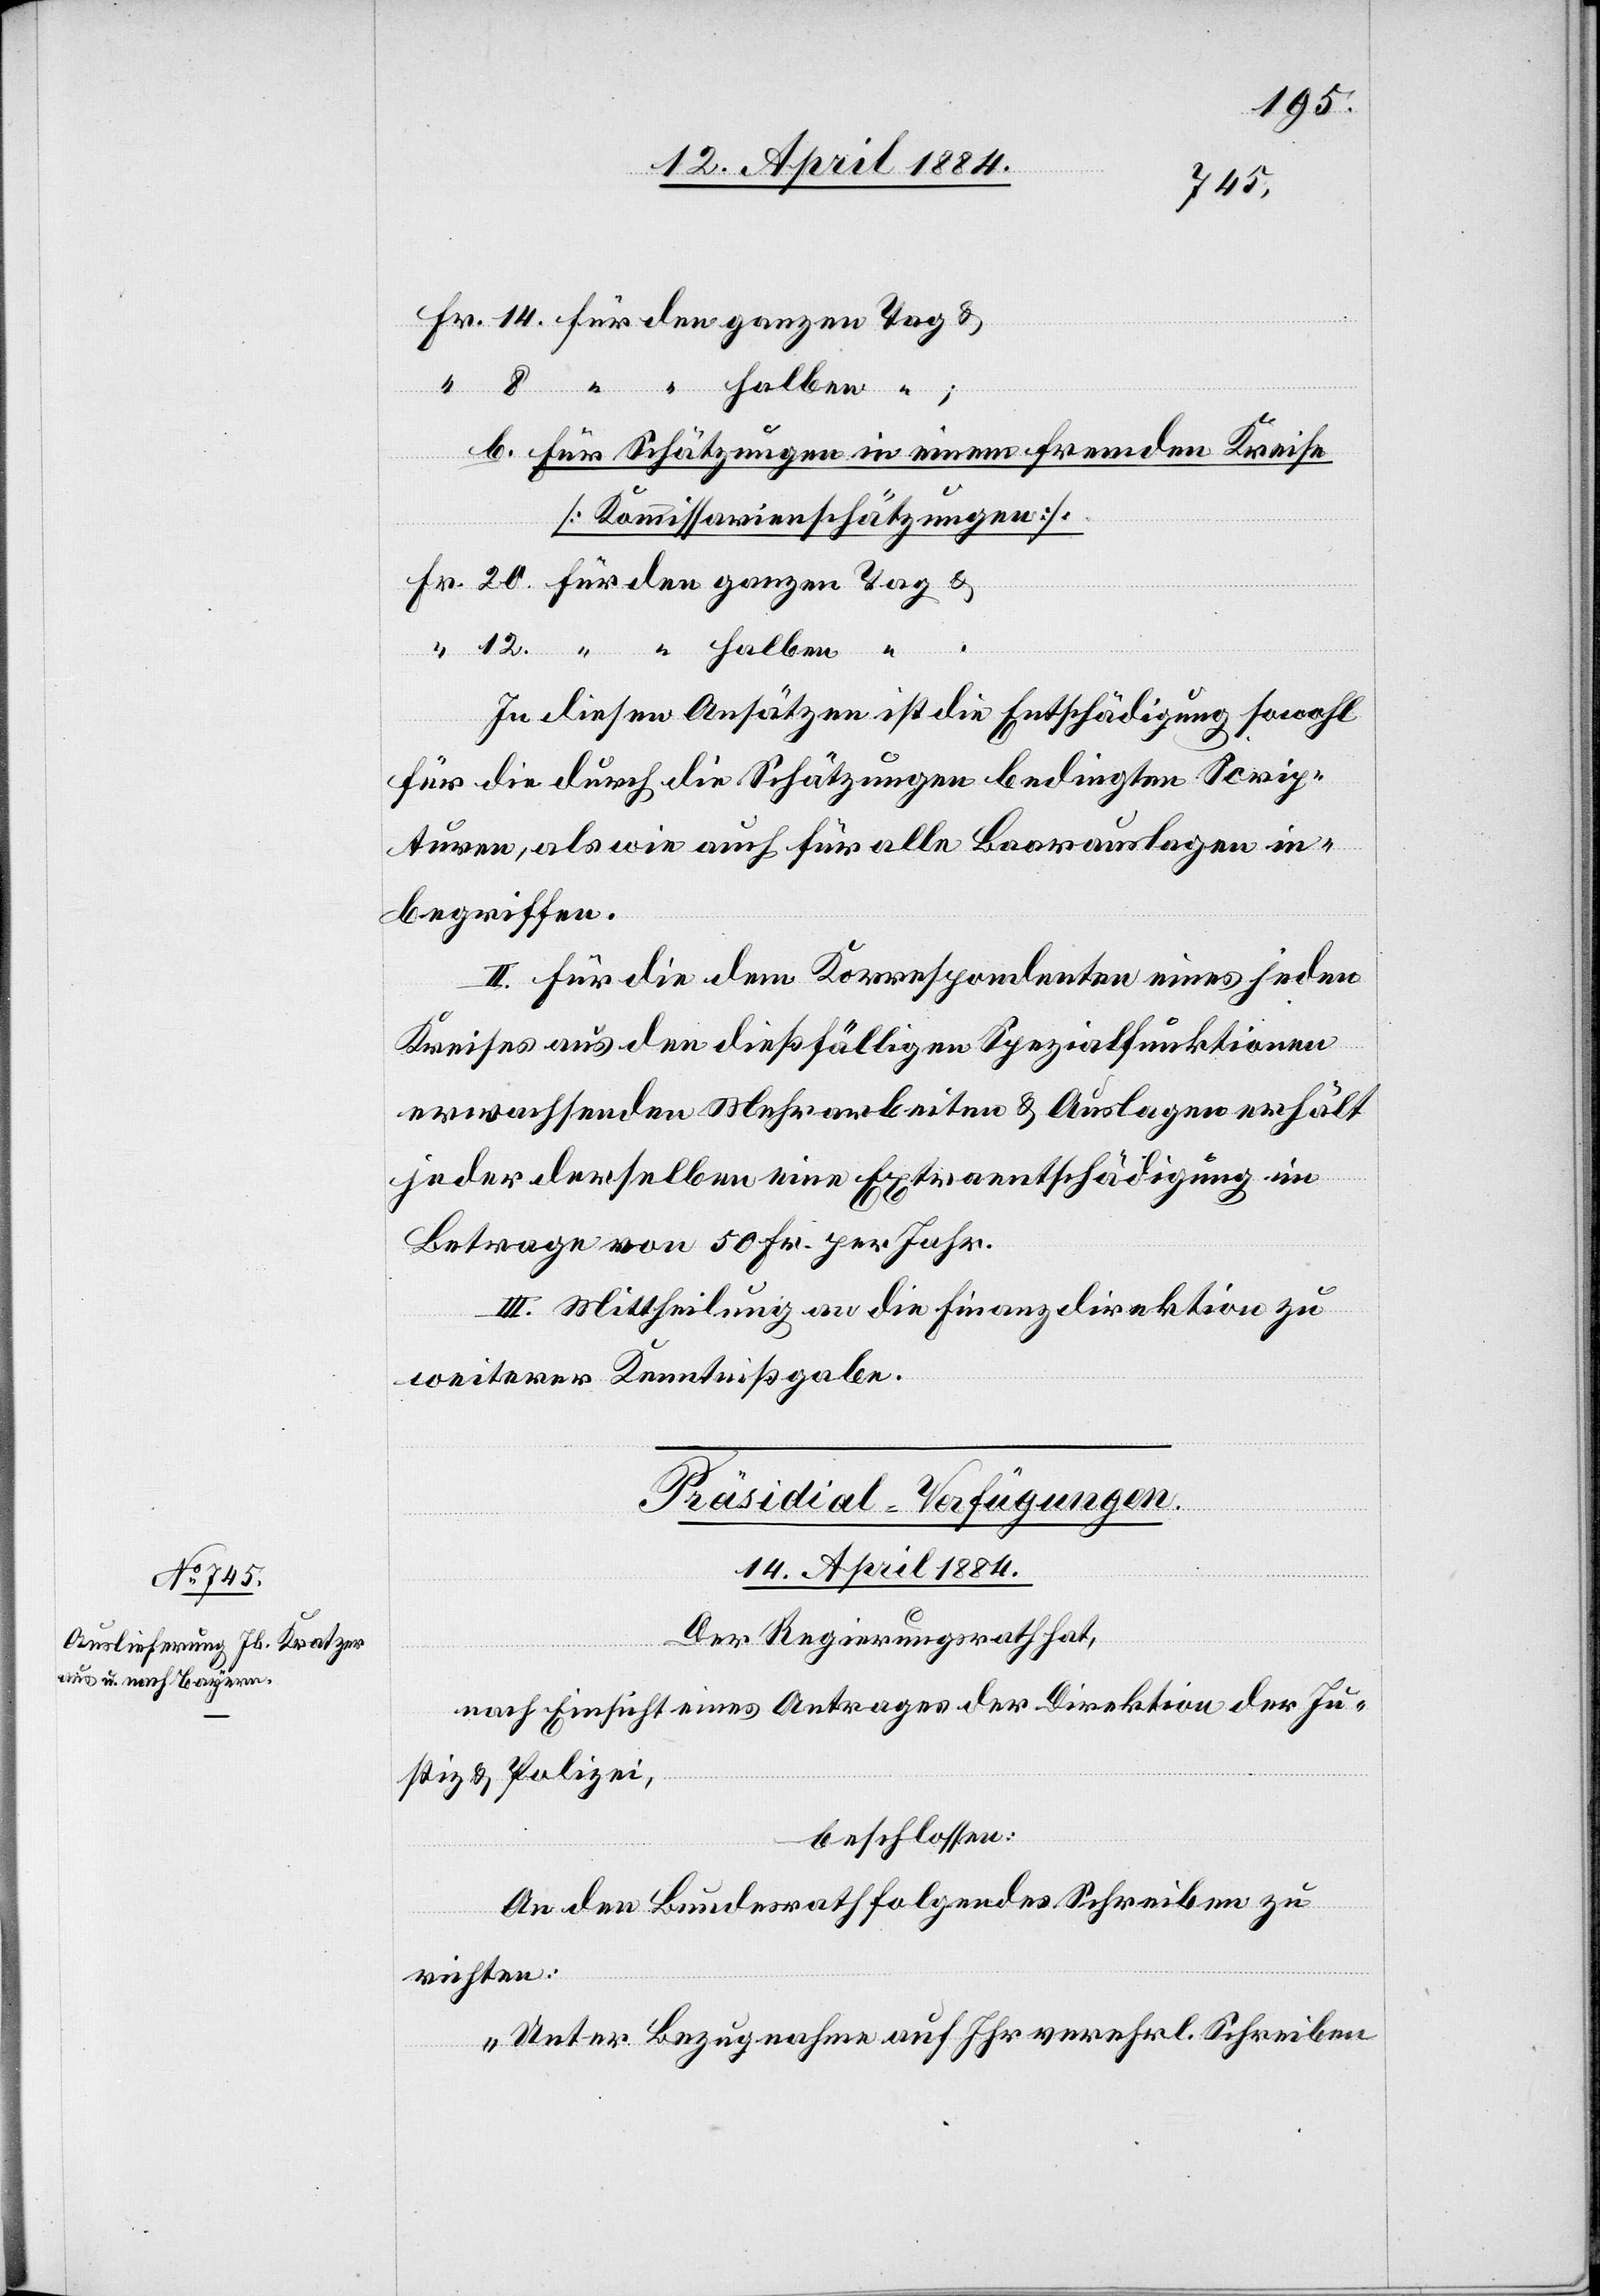
b. Für Schätzungen in einem fremden Kreise
[Kommissarienschätzungen].
In diesen Ansätzen ist die Entschädigung sowohl
für die durch die Schätzungen bedingten Scrip¬
turen, als wie auch für alle Baarauslagen in¬
begriffen.
II. Für die dem Korrespondenten eines jeden
Kreises aus den dießfälligen Spezialfunktionen
erwachsenden Mehrarbeiten & Auslagen erhält
jeder derselben eine Extraentschädigung im
Betrage von 50 Fr. per Jahr.
III. Mittheilung an die Finanzdirektion zu
weiterer Kenntnißgabe.
Präsidial-Verfügungen.
14. April 1884.
Der Regierungsrath hat,
nach Einsicht eines Antrages der Direktion der Ju¬
stiz & Polizei,
beschlossen:
An den Bundesrath folgendes Schreiben zu
“
richten:
„Unter Bezugnahme auf Ihr verehrl. Schreiben